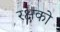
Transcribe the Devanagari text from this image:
रक्षको